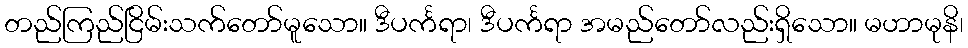
တည်ကြည်ငြိမ်းသက်တော်မူသော။ ဒီပင်္ကရာ၊ ဒီပင်္ကရာ အမည်တော်လည်းရှိသော။ မဟာမုနိ၊